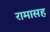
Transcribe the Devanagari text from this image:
रामासह